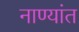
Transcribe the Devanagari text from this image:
नाण्यांत